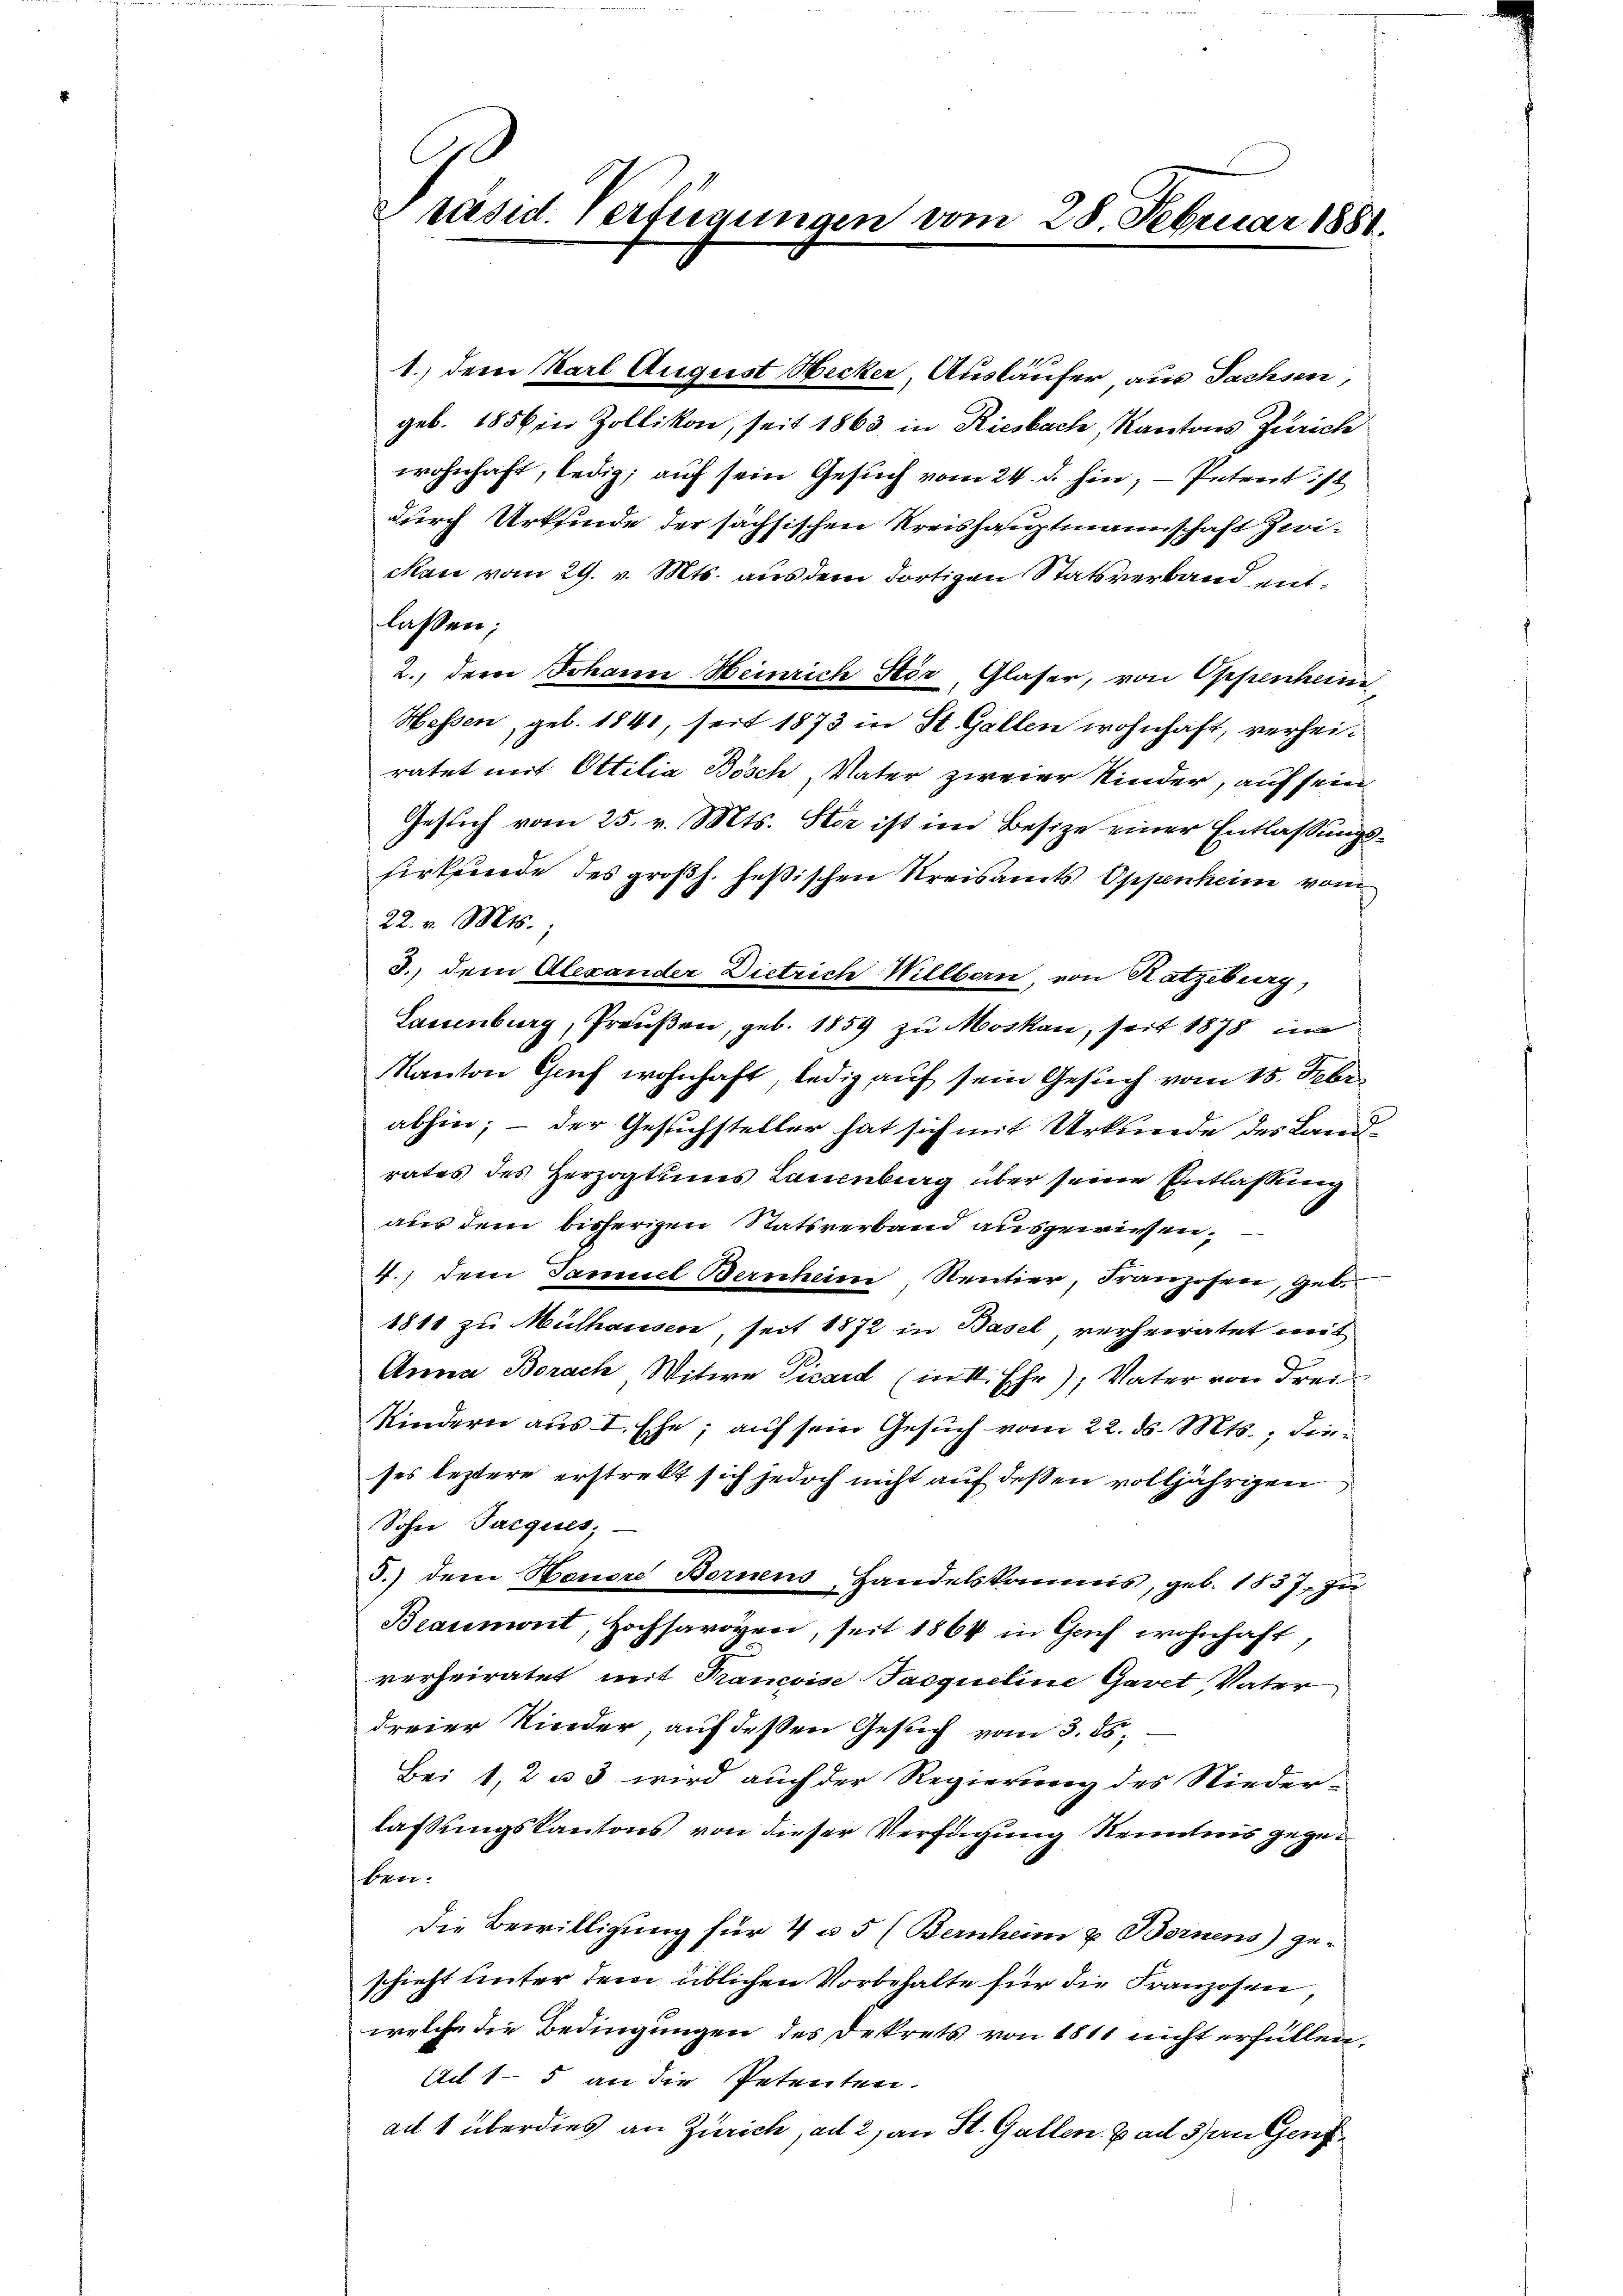
1.) dem Karl August Hecker, Ausläufer aus Sachsen,
geb. 1856 in Zollikon, seit 1863 in Riesbach, Kantons Zürich
wohnhaft, ledig; auf sein Gesuch vom 24. d. hin; - Petent ist
durch Urkunde der sächsischen Kreishauptmannschaft zwi¬
Man vom 29. v. Mts. aus dem dortigen Statsverband entlassen;
2., der Johann Heinrich Stör, Glaser, von Oppenheim
Hessen, geb. 1841, seit 1873 in St. Gallen wohnhaft, verheiratet mit Ottilia Bösch, Vater zweier Kinder, auf sein
Gesuch vom 25. v. Mts. Ster ist im Besize einer Entlassungssirkfinde des großh. Heßischen Kreisamts Oppenheim vom
22. v. Mts.,
3.) dem Alexander Dietrich Willbern, von Katzeberg,
Lauenburg, Preußen, geb. 1859 zu Moskau, seit 1878 im
Kanton Genf wohnhaft, ledig auf sein Gesuch vom 15. Febr.
abhin; – der Gesuchsteller hat sich mit Urkunde des Landrates des Herzogtums Lauenburg über seine Entlassung
aus dem bisherigen Statsverband ausgewiesen,
4.) Dem Samuel Bernheim Rentier, Franzosen, geb.
1811 zu Mülhausen, seit 1872 in Basel verheiratet mit
Anna Borach Witwe Vicard (in II. Ehr); Vater von drei
Kindern aus I. Ehe; auf sein Gesuch vom 22. ds. Mts., dieses leztere erstrebt sich jedoch nicht auf deßen volljährigen
Sohn Parques;
5.) dem Hauere Bornens, Handelskommis, geb. 1837. zu
Beaumont, Hochsavoyen, seit 1864 in Gach wohnhaft,
verheiratet mit Francoise Sacqueline Garet, Vater
dreier Kinder, auf deßen Gesuch vom 3. ds.
Bei 1, 2 u 3 wird auch der Regierung des Nieder-
lassungskantons von dieser Verfügung Kenntnis gegeben.
Die Bewilligung für 4 u. 5 (Bernheim & Bornens) ge-
schieht unter dem üblichen Vorbehalte für die Franzosen,
welche die Bedingungen des Dekrets von 1811 nicht erfüllen.
Ai 15 an die Petenten.
ad 1 überdies an Zürich, ad 2, an St. Gallen. ad 3 an Genf

d
Präsid. Verfügungen vom 28. Februar 1881.